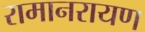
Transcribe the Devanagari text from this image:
रामानरायण